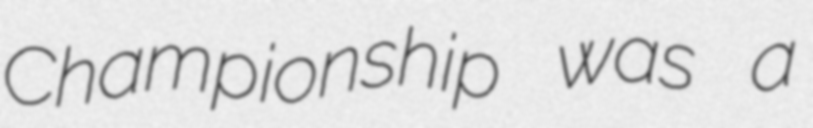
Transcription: Championship was a